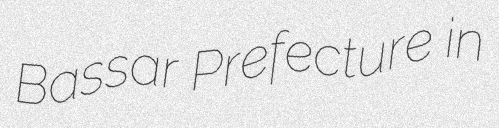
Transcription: Bassar Prefecture in